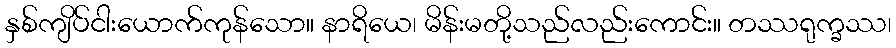
နှစ်ကျိပ်ငါးယောက်ကုန်သော။ နာရိယေ၊ မိန်းမတို့သည်လည်းကောင်း။ တဿရုက္ခဿ၊